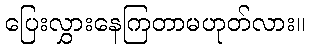
ပြေးလွှားနေကြတာမဟုတ်လား။